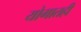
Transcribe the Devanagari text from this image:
योगातही